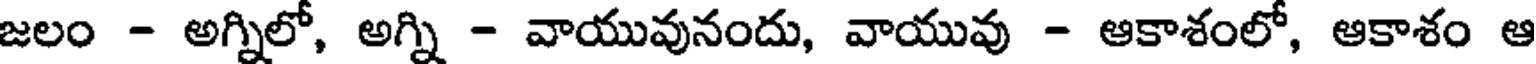
జలం - అగ్నిలో, అగ్ని - వాయువునందు, వాయువు - ఆకాశంలో, ఆకాశం ఆ